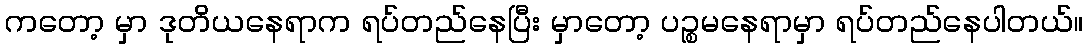
ကတော့ မှာ ဒုတိယနေရာက ရပ်တည်နေပြီး မှာတော့ ပဉ္စမနေရာမှာ ရပ်တည်နေပါတယ်။